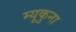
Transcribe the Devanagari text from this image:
म्यूकुना